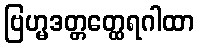
ဗြဟ္မဒတ္တတ္ထေရဂါထာ